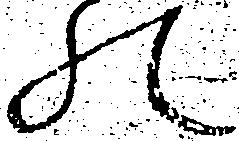
の